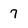
Character: 7